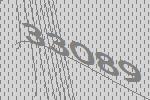
33089